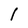
Character: I